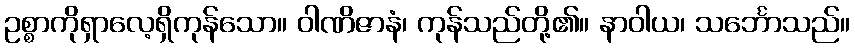
ဥစ္စာကိုရှာလေ့ရှိကုန်သော။ ဝါဏိဇာနံ၊ ကုန်သည်တို့၏။ နာဝါယ၊ သင်္ဘောသည်။